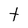
Character: t